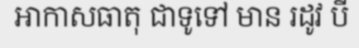
អាកាសធាតុ ជាទូទៅ មាន រដូវ បី